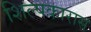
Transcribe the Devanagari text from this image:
शिल्पकारास